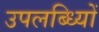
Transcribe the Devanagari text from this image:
उपलब्ध्यिों